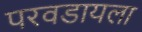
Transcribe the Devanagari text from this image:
परवडायला